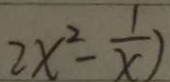
2 x ^ { 2 } - \frac { 1 } { x } )